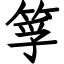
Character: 筟